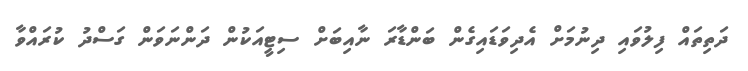
ދަތިތައް ފިލުވައި ދިނުމަށް އެދިވަޑައިގެން ބަންޑާރަ ނާއިބަށް ސިޓީއަކުން ދަންނަވަން ގަސްދު ކުރައްވާ